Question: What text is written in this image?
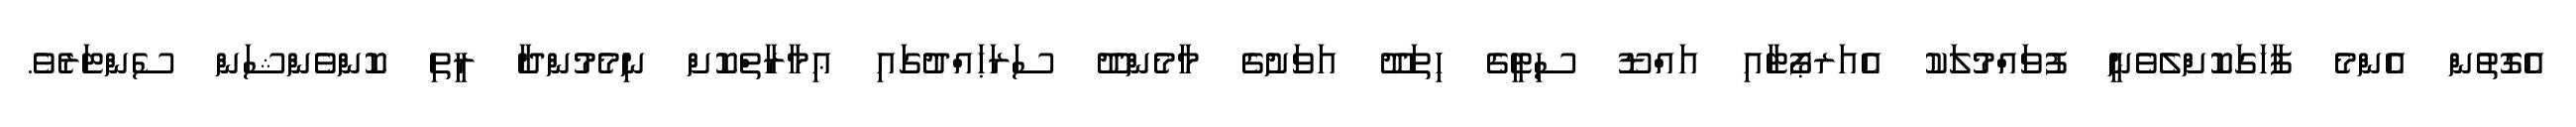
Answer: އެގޮތުން އެންމެ ފާހަގަކޮށްލެވެނީ ފުވައްމުލަކު އެއަރޕޯޓާއި އައްޑޫ ސިޓީގެ ހިތަދޫ އަވަށުގެ މާމެންދޫ ސަރަޙައްދުގައި ޢިމާރާތްކޮށް ނިމެމުންދާ ރީތި ކޮންވެންޝަން ސެންޓަރެވެ.